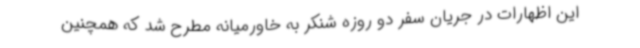
این اظهارات در جریان سفر دو روزه شنکر به خاورمیانه مطرح شد که همچنین